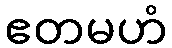
ဧတမဟံ